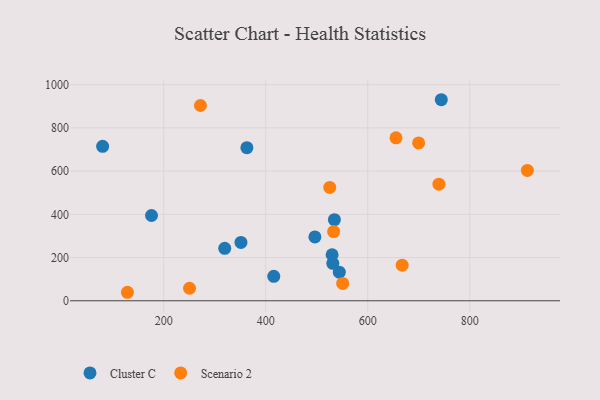
{"axis": {"x": "Distance", "y": "Profit"}, "legend": ["Cluster C", "Scenario 2"], "data": [{"x": "176.1", "y": 394.7, "type": "Cluster C"}, {"x": "534.5", "y": 375.2, "type": "Cluster C"}, {"x": "531.4", "y": 173.2, "type": "Cluster C"}, {"x": "319.6", "y": 242.6, "type": "Cluster C"}, {"x": "744.0", "y": 930.4, "type": "Cluster C"}, {"x": "530.0", "y": 213.0, "type": "Cluster C"}, {"x": "80.3", "y": 714.7, "type": "Cluster C"}, {"x": "415.7", "y": 112.9, "type": "Cluster C"}, {"x": "544.1", "y": 132.1, "type": "Cluster C"}, {"x": "351.4", "y": 270.2, "type": "Cluster C"}, {"x": "363.0", "y": 708.3, "type": "Cluster C"}, {"x": "496.3", "y": 295.3, "type": "Cluster C"}, {"x": "533.0", "y": 320.0, "type": "Scenario 2"}, {"x": "550.7", "y": 80.4, "type": "Scenario 2"}, {"x": "272.0", "y": 903.6, "type": "Scenario 2"}, {"x": "667.3", "y": 164.5, "type": "Scenario 2"}, {"x": "699.6", "y": 730.5, "type": "Scenario 2"}, {"x": "250.6", "y": 57.9, "type": "Scenario 2"}, {"x": "655.2", "y": 754.0, "type": "Scenario 2"}, {"x": "525.4", "y": 524.6, "type": "Scenario 2"}, {"x": "912.7", "y": 603.3, "type": "Scenario 2"}, {"x": "128.9", "y": 39.3, "type": "Scenario 2"}, {"x": "739.4", "y": 539.6, "type": "Scenario 2"}]}